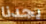
يجدنا